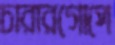
চারারগোপে